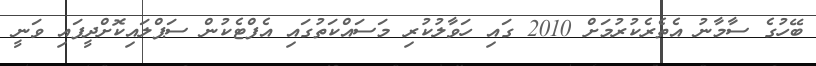
ބޭހުގެ ސާމާނު އެތެރެކުރުމަށް 2010 ގައި ހަވާލުކުރި މަސައްކަތުގައި އެފްޓެކުން ސަޕްލައިކޮށްދީފައި ވަނީ